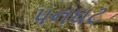
પનઘટ